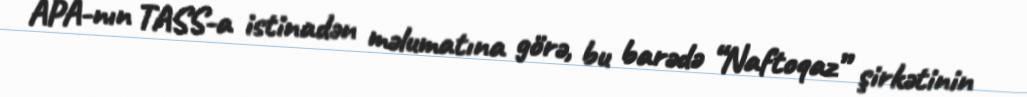
APA-nın TASS-a istinadən məlumatına görə, bu barədə “Naftoqaz” şirkətinin